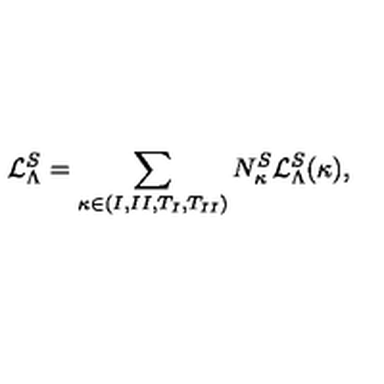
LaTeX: { \cal L } _ { \Lambda } ^ { S } = \sum _ { \kappa \in { ( I , I I , T _ { I } , T _ { I I } ) } } N _ { \kappa } ^ { S } { \cal L } _ { \Lambda } ^ { S } ( \kappa ) ,